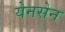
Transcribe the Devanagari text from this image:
येनसेन